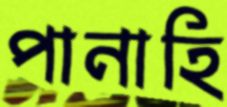
পানাহি